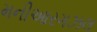
મનીઆરગઝલ